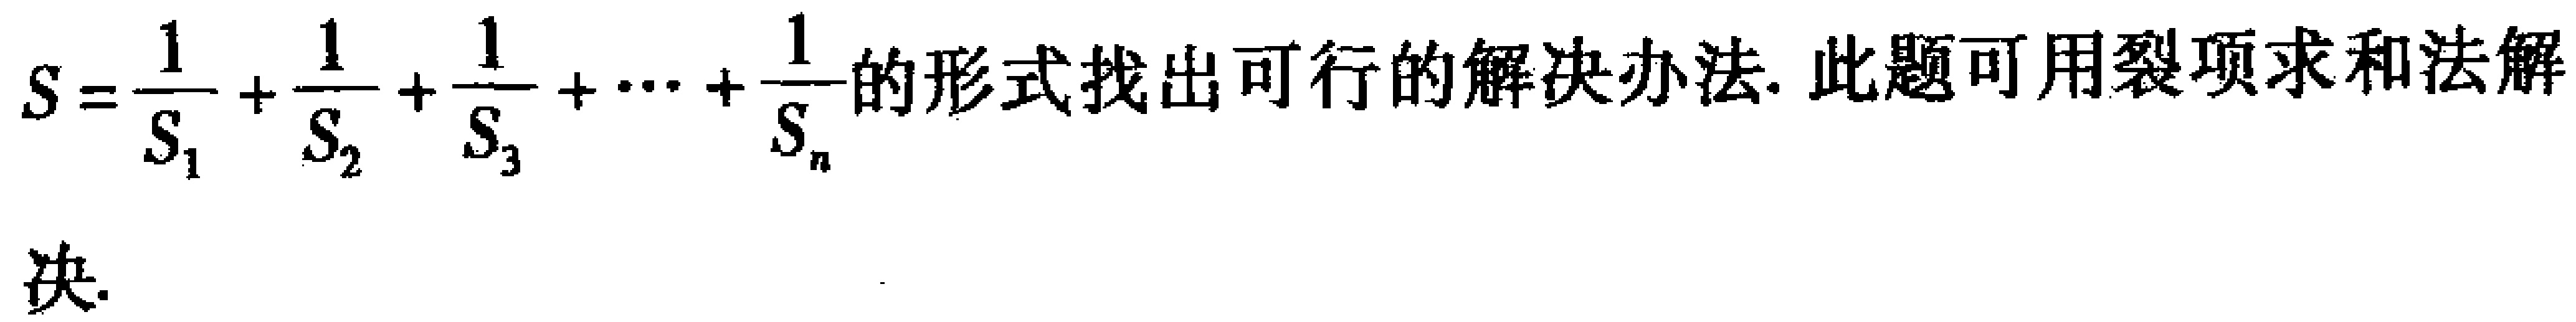
\(S = \frac{1}{S_{1}}+\frac{1}{S_{2}}+\frac{1}{S_{3}}+\cdots+\frac{1}{S_{n}}\)的形式找出可行的解决办法. 此题可用裂项求和法解决.